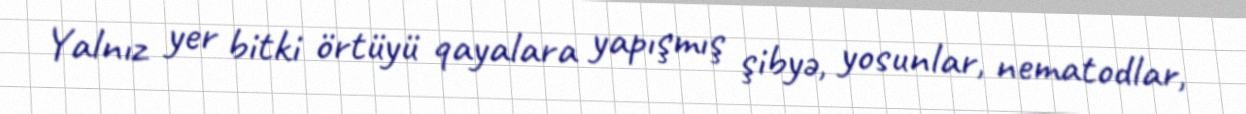
Yalnız yer bitki örtüyü qayalara yapışmış şibyə, yosunlar, nematodlar,